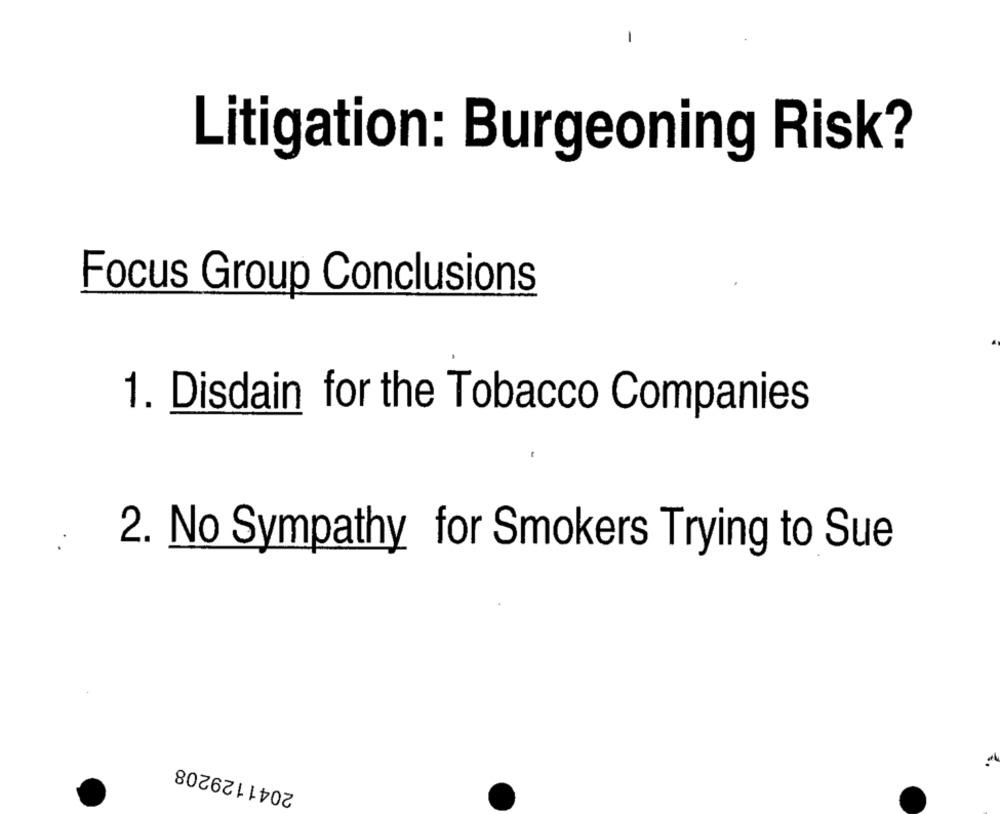
Litigation: Burgeoning Risk?
Focus Group Conclusions
1. Disdain for the Tobacco Companies
2. No Sympathy for Smokers Trying to Sue
2041129208